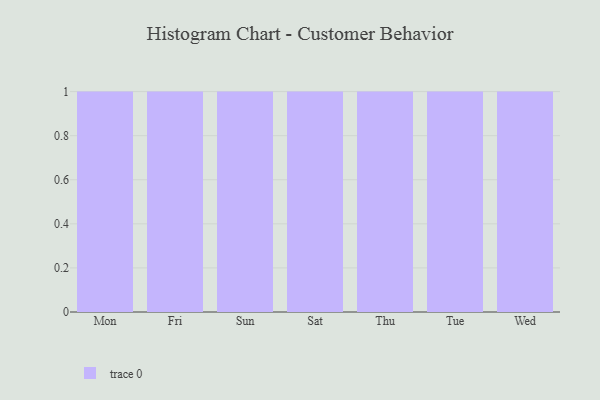
{"axis": {"x": "Day", "y": "Waste Production (Tons)"}, "legend": [""], "data": [{"x": "Mon", "y": 73, "type": ""}, {"x": "Fri", "y": 28, "type": ""}, {"x": "Sun", "y": 53, "type": ""}, {"x": "Sat", "y": 60, "type": ""}, {"x": "Thu", "y": 2, "type": ""}, {"x": "Tue", "y": 71, "type": ""}, {"x": "Wed", "y": 40, "type": ""}]}